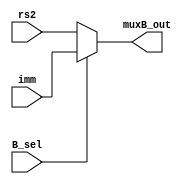
module mux_B (input [31:0] imm,// gia tri so tu don immediate lay tu khoi immGen
		 rs2,// gia tri toanhang hai cua khoi ALU duoc luu trong khoi Reg[] rs2,
              input B_sel,
              output reg [31:0] muxB_out);
always @(B_sel, imm, rs2) begin
  if (B_sel)// Bsel = 1 chon lay gia tri immediatecho cac phep jump, so sanh nhay
    muxB_out= imm;
  else//Bsel = 0 chon lay gia tri rs2 cho vao toan hang 2 cua khoi ALU tinh toan cac phep tinh binh thuong
    muxB_out= rs2;
end
endmodule